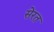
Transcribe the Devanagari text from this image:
सेरत